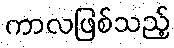
ကာလဖြစ်သည့်